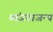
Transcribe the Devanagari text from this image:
व्यंजनाजन्य